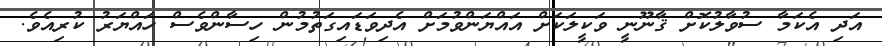
އަދި އެކަމާ ސުވާލުކޮށް ޤާނޫނީ ވަކީލަކަށް އައްޔަންވުމަށް އެދިވަޑައިގަތުމުން ހިސާންވެސް ހައްޔަރު ކުރިއެވެ.